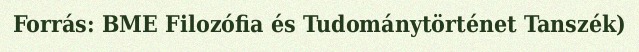
Forrás: BME Filozófia és Tudománytörténet Tanszék)